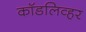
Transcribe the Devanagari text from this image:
कॉडलिव्हर